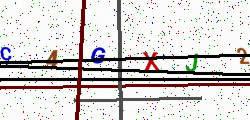
Text: C4GXJ2